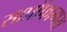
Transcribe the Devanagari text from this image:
साप्रॉफागस